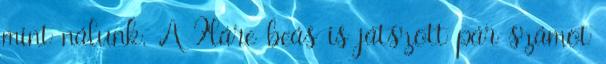
mint nálunk. A Fláre beás is játszott pár számot